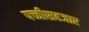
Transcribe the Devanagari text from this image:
पच्चीसहजार